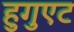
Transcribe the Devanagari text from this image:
हुगुएट